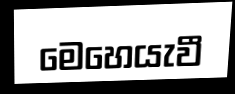
මෙහෙයැවී